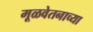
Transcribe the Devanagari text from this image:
मूळवेतनाच्या